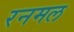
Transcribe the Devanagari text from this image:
रनमल